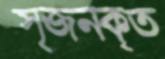
সৃজনকৃত